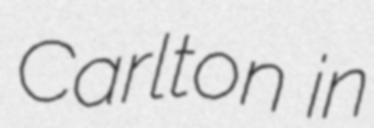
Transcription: Carlton in